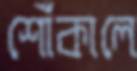
শোঁকালে